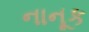
નાનૂક